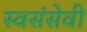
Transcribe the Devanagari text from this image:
स्वसंसेवी